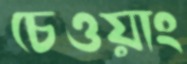
চেওয়াং